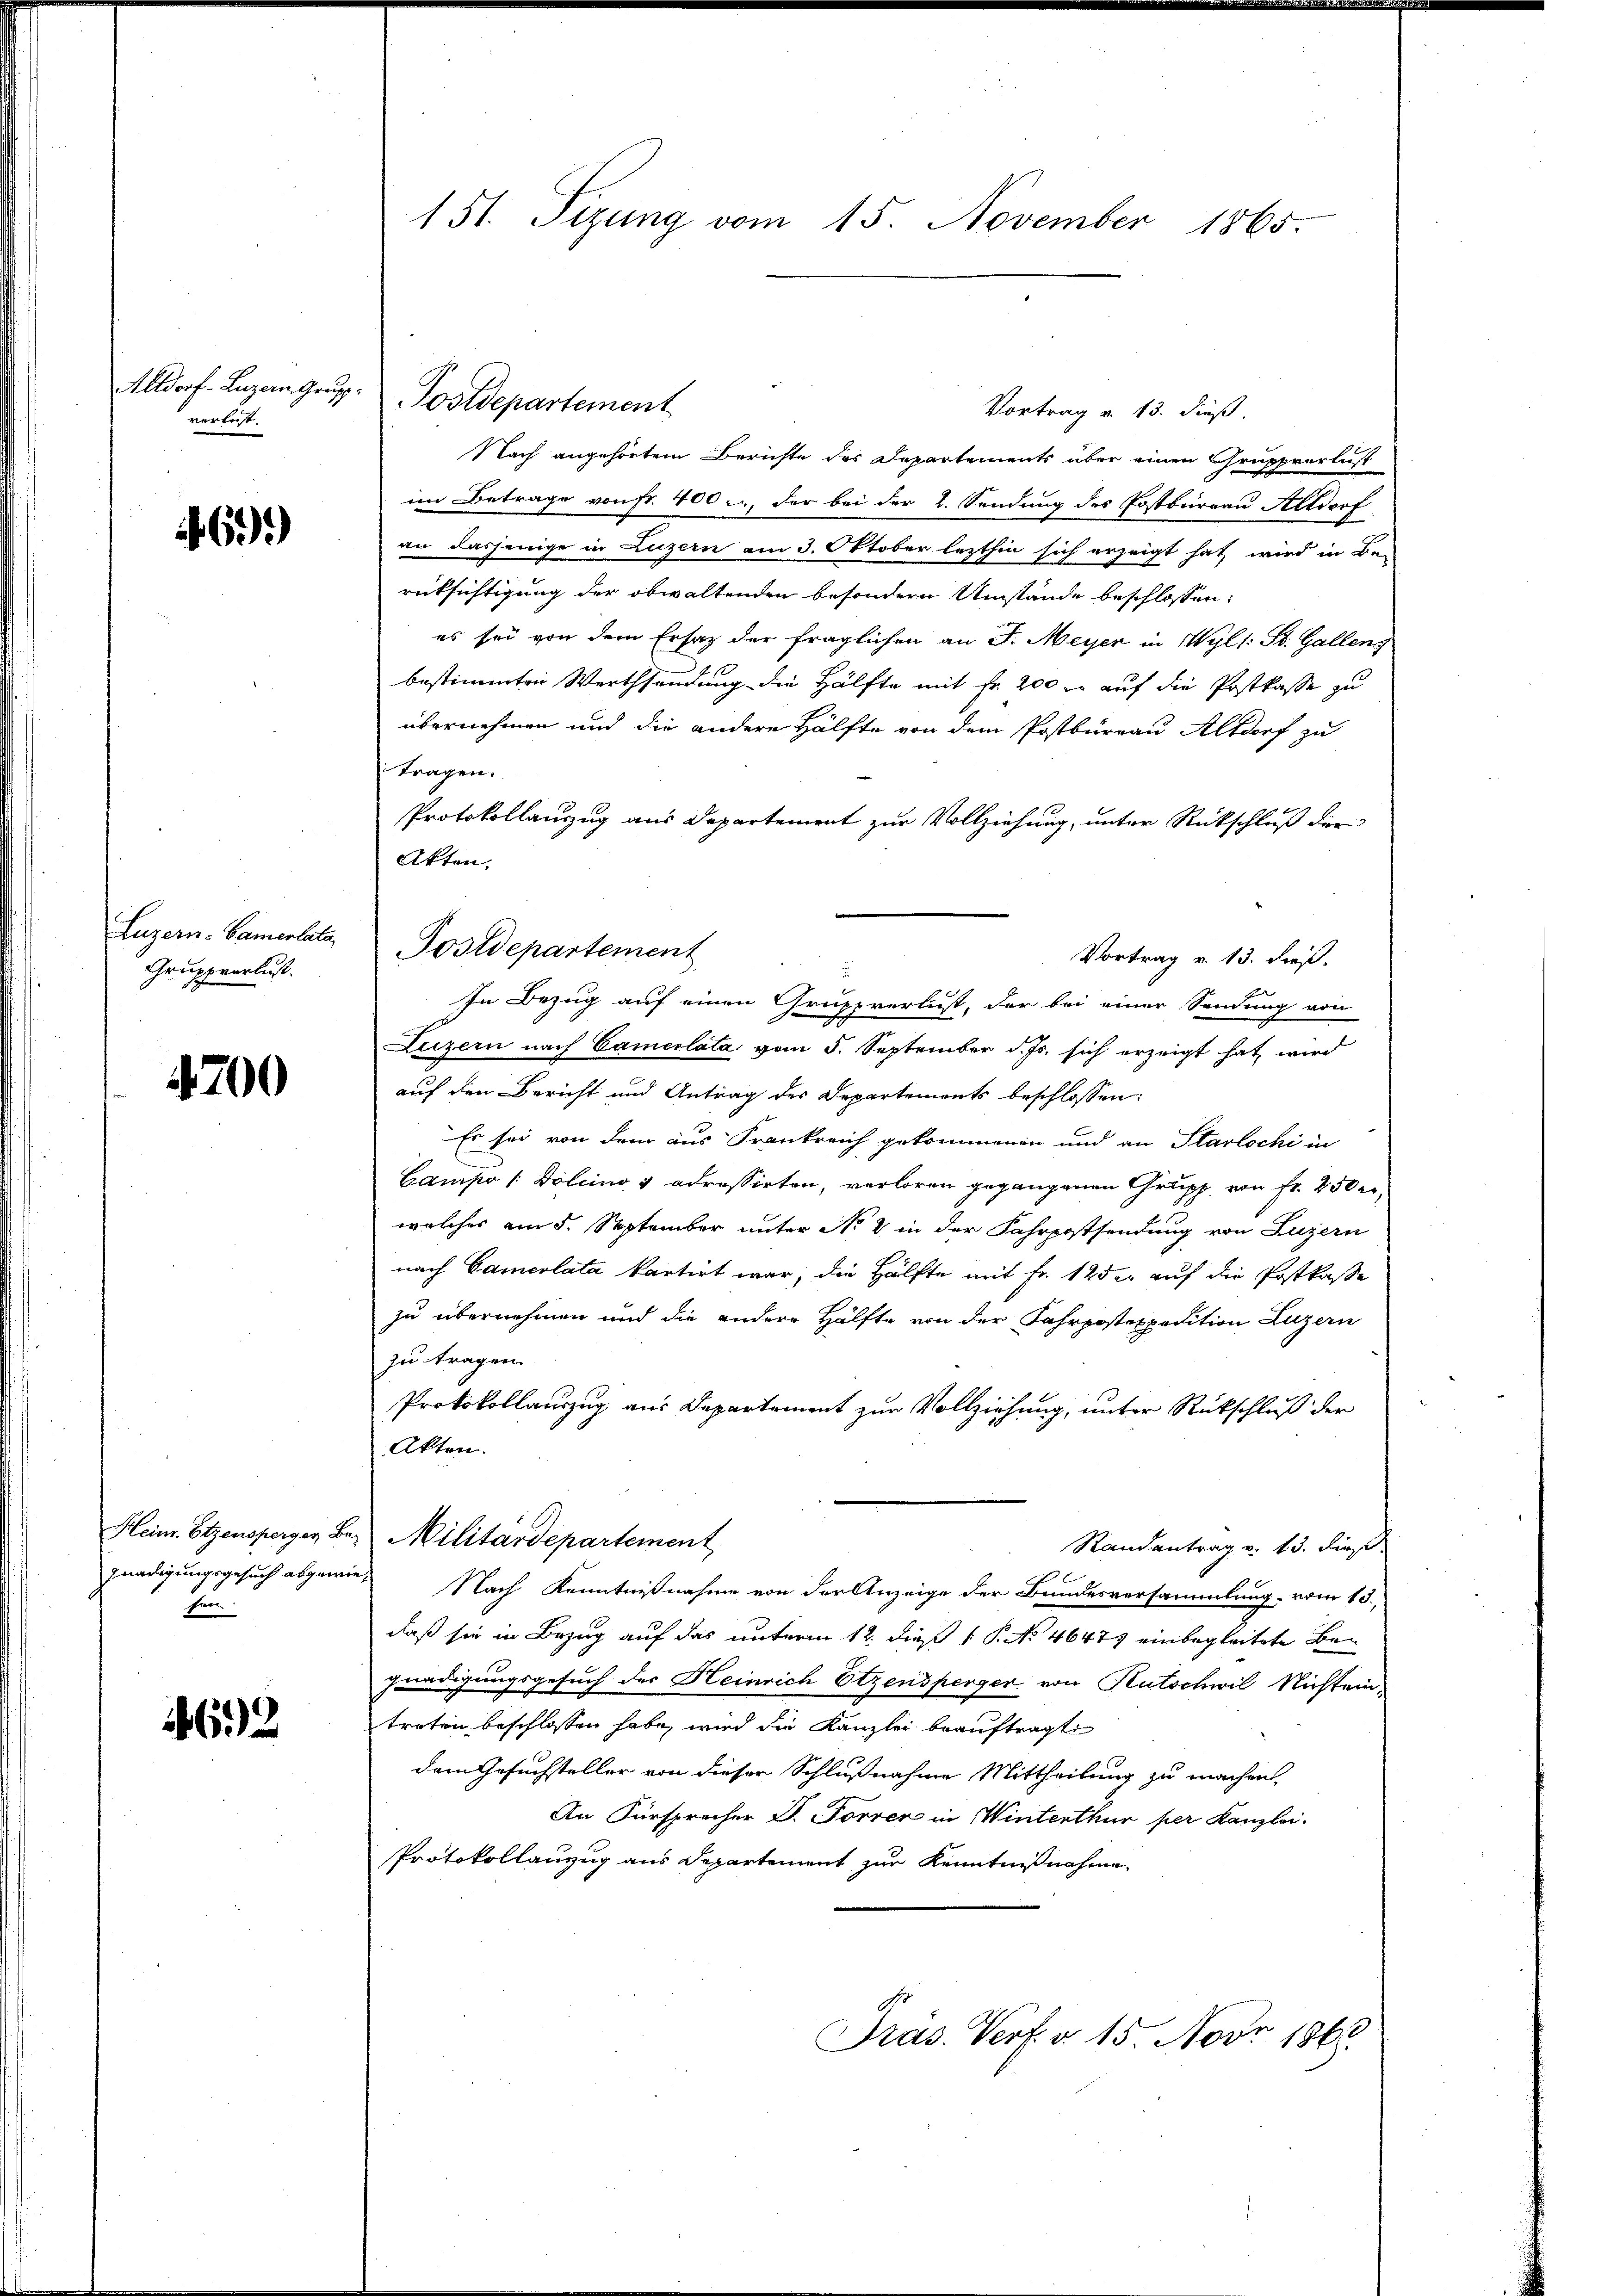
Alldorf- Luzern Grupp
verlegt.

69)

Luzern - Camentata
Gruppverlust.

4200

für

1692

Postdepartement
Vortrag v. 13. dieß.
Nach angehörtem Berichte des Departements über einen Gruppverlust
im Betrage von fr. 400 c, der bei der 2. Sendung des Postburgau Altdorf
an dasjenige in Luzern am 3. Oktober lezthin sich erzeigt hat, wird in Be-
rücksichtigung der obwaltenden besondern Umstände beschlossen:
es sei von dem Ersatz der fraglichen an St. Meyer in Wyl /: St. Galleng
bestimmten Werthsendung die Hälfte mit Fr. 200 r. auf die Postkasse zu
übernehmen und die andere Hälfte von dem Postbureau Altdorf zu
tragen.
Protokollauszug aus Departement zur Vollziehung, unter Rückschluß der
Akten.
Postdepartement
Vortrag v. 13. dieß.
d
In Bezug auf einen Gruppverlust, der bei einer Sendung von
Luzern nach Camerlata vom 5. September d. Js. sich erzeigt hat wird
auf den Bericht und Antrag des Departements beschlossen:
Er sei von dem aus Frankreich gekommenen und an Starlochi in
Campo (Dolcino v adressirten, verloren gegangenen Grupp von Fr. 250 erwelches am 5. September unter No 2 in der Fahrpostsendung von Luzern
nach Camerlata kartirt war, die Hälfte mit Fr. 125 er auf die Postkasse
zu übernehmen und die andere Hälfte von der Fahrpostexpedition Luzern
zu tragen.
Protokollauszug aus Departement zur Vollziehung, unter Rückschluß der
Akten.
Heim. Etzensperger Bey Militärdepartement
Randantrag v. 13. dies
gnadigungsgesuch abgewies Nach Kenntnißnahme von der Anzeige der Bundesversammlung vom 13.
daß sie in Bezug auf das unterm 12. dieß 1 P. No 4647 einbegleitete Begnadigungsgesuch des Heinrich Etzensperger von Rutschwil Nichteintreten beschlossen habe, wird die Kanzlei beauftragte
dem Gesuchsteller von dieser Schlußnahme Mittheilung zu machen
An Fürsprecher D. Forrer in Winterthur per Kanzlei.
Protokollanzug aus Departement zur Kenntnißnahme.

151. Tizung vom 15. November 1865.

Präs. Verf. v. 15. Nov. 1868.